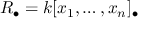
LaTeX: R _ { \bullet } = k [ x _ { 1 } , \ldots , x _ { n } ] _ { \bullet }